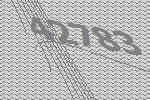
42783